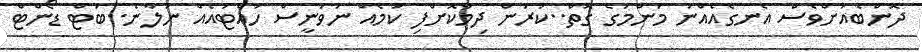
ދޮންބެއަށްވެސް އެނގެއެއްނު މަންމަގެ ގޮތް..ކުރަން ދިމާކޮށްފި ކަމެއް ނުވަނީސް ހުއްޓައެއް ނުލާނެ..ބަޓް ޑޯންޓް